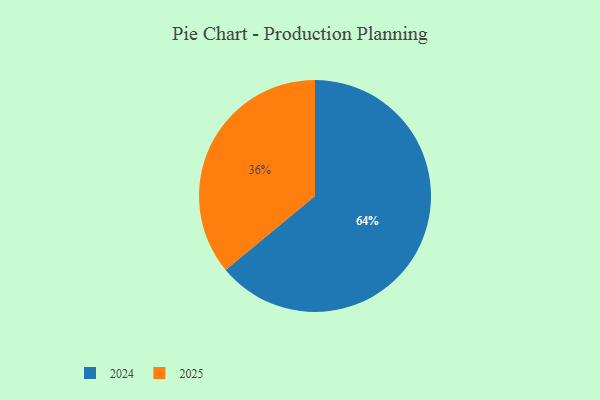
{"axis": {"x": "Category", "y": "Percentage"}, "legend": ["2024", "2025"], "data": [{"x": "2024", "y": 64, "type": "2024"}, {"x": "2025", "y": 36, "type": "2025"}]}